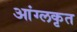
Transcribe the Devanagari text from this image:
आंग्लकृत